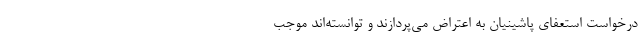
درخواست استعفای پاشینیان به اعتراض می‌پردازند و توانسته‌اند موجب